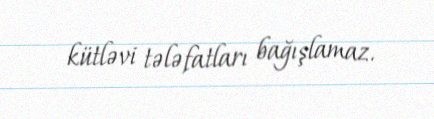
kütləvi tələfatları bağışlamaz.